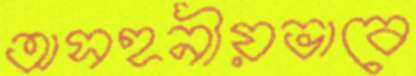
অসহনীয়ভাবে